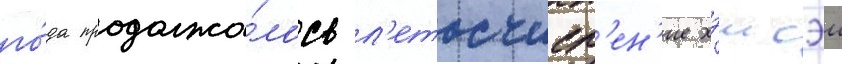
го́да продолжа́лось л'етосчисл'ен'ие хэисэи